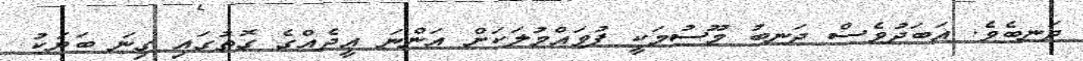
ދަނބެވެ. އަބަދުވެސް ދަނބު މޫސުމަކީ ފުވައްމުލަކަށް އަންނަ ޢީދެއްގެ ގޮތުގައި ގިނަ ބަޔަކު